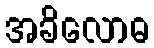
အခိလောဓ